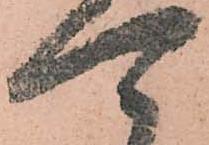
可